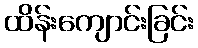
ထိန်းကျောင်းခြင်း